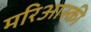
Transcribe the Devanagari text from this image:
मरिआस्की